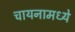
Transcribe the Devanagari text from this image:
चायनामध्ये